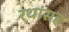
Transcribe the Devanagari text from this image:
रथांसह